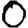
Digit: 0